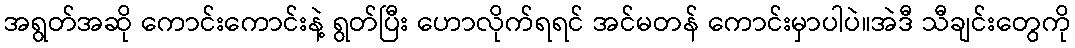
အရွတ်အဆို ကောင်းကောင်းနဲ့ ရွတ်ပြီး ဟောလိုက်ရရင် အင်မတန် ကောင်းမှာပါပဲ။အဲဒီ သီချင်းတွေကို